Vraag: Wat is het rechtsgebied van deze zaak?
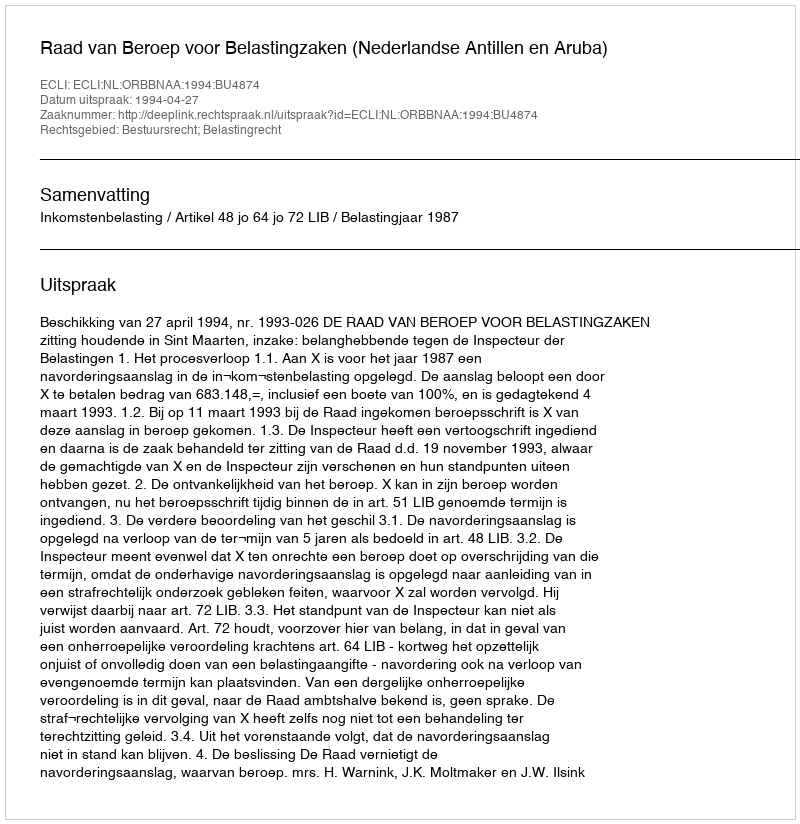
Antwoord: Bestuursrecht; Belastingrecht